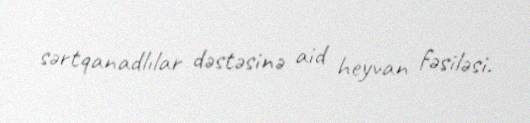
sərtqanadlılar dəstəsinə aid heyvan fəsiləsi.